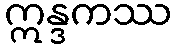
ဣန္ဒကဿ